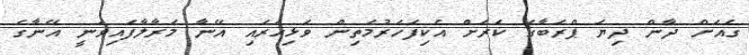
ގެއަށް ދާން ދިޔަ ޕްރަބާގެ ކަރަށް އެކިފަހަރުމަތިން ވަޅިހަރައި އޭނާ މަރާލާފައިވަނީ އޭނާގެ